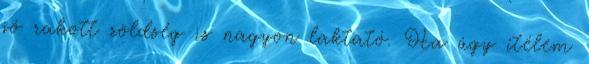
jó rakott zöldség is nagyon laktató. Ha úgy ítélem